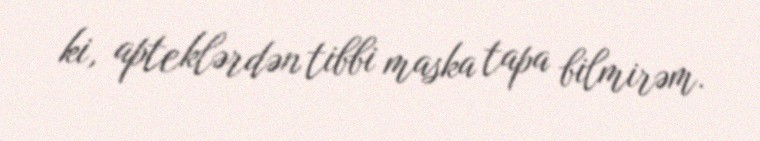
ki, apteklərdən tibbi maska tapa bilmirəm.